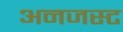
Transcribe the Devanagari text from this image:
अनजस्ट